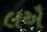
લઐ